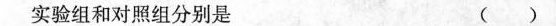
实验组和对照组分别是 ()